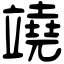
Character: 𥪯